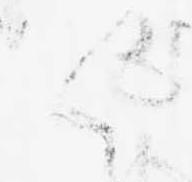
く